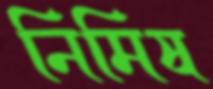
নিমিষ